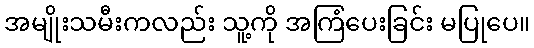
အမျိုးသမီးကလည်း သူ့ကို အကြံပေးခြင်း မပြုပေ။